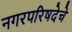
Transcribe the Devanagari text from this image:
नगरपरिषदेचे